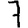
Digit: 7